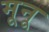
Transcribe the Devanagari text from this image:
मूनू